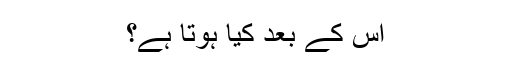
اس کے بعد کیا ہوتا ہے؟